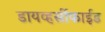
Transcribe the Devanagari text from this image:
डायव्हर्सीफाईड